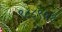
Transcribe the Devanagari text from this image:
९८८९५१